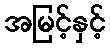
အမြင့်နှင့်